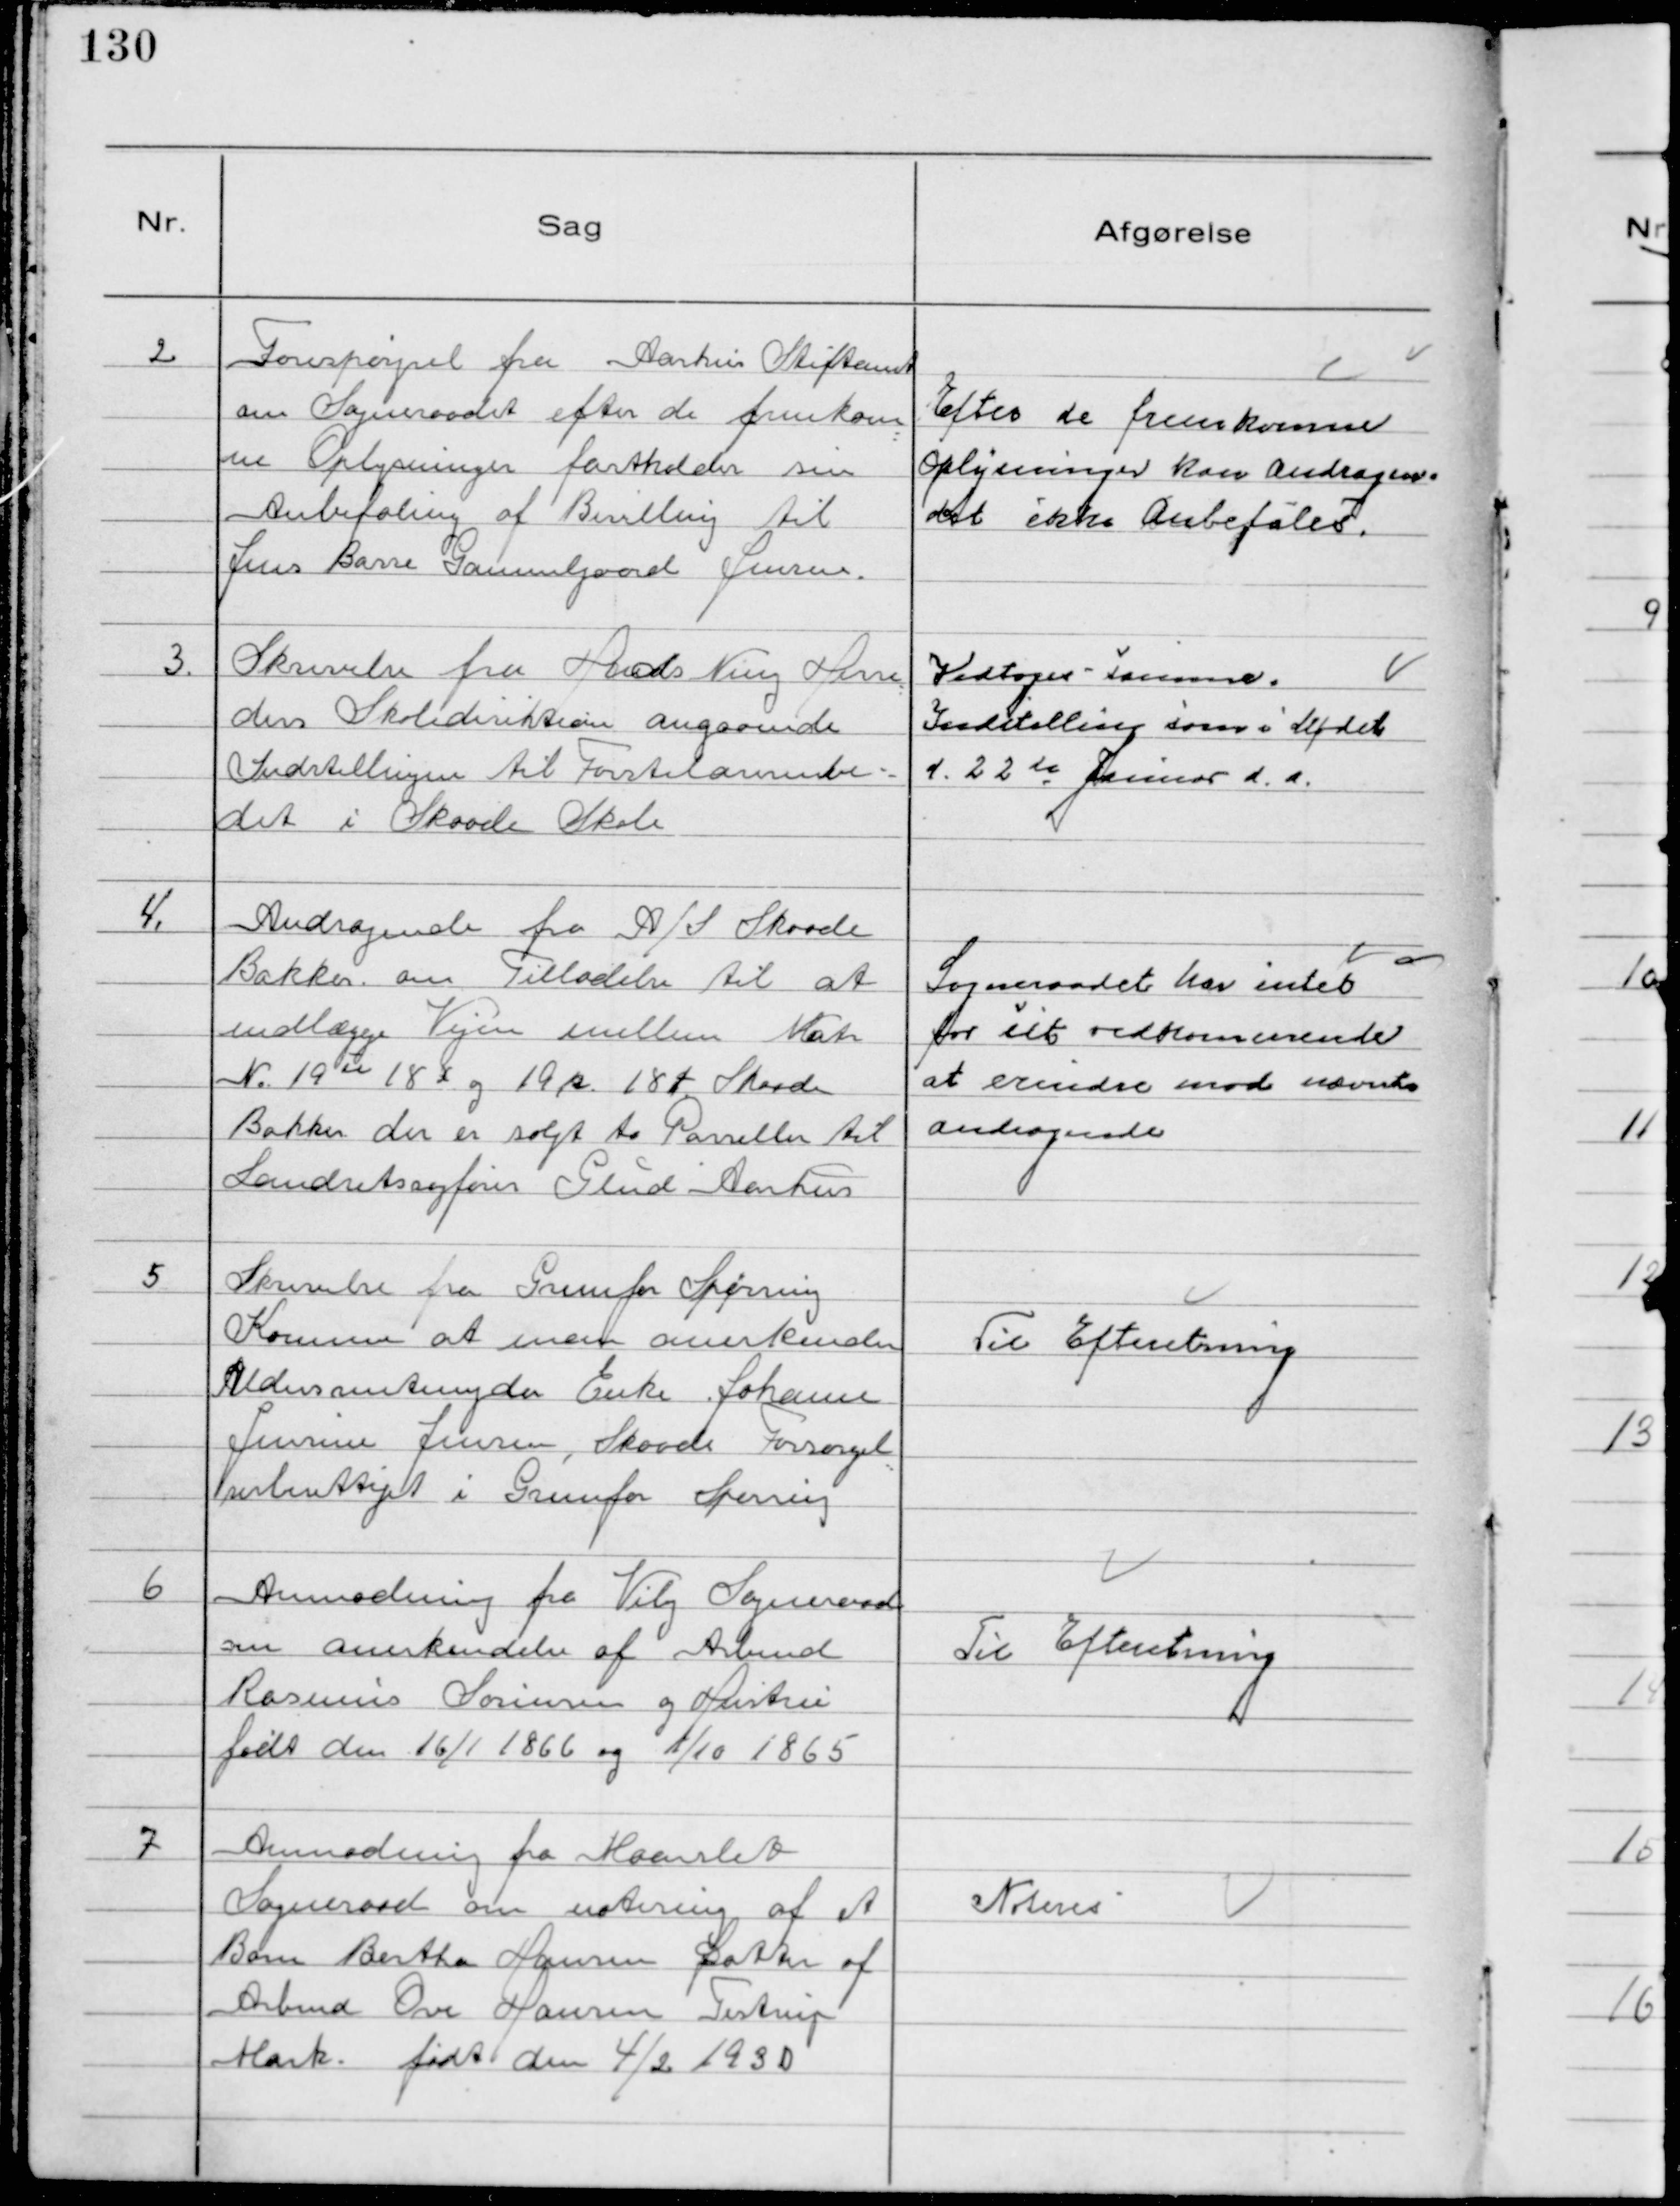
Transskription:
2
Forespørgsel fra Aarhus Stiftamt
om Sogneraadet efter fremkom
ne Oplysninger Fastholder sin
Anbefaling af Bevilling til
Jens Basse Gammelgaard Jensen.

Efter de fremkomne
Oplysninger kan Andragen-
det ikke Anbefales.

3.
Skrivelse fra Hads Ning Herre
des Skoledirektion angaaende
Indstillingen til Førstelærerembe-
det i Skaade Skole

Vedtoges - samme
Indstilling som i Mødet
d. 22de Januar d.a.

4.
Andragende fra A/S Skaade
Bakker om Tilladelse til at
indlægge Vejen mellem Matr
№ 19 u 18 x og 19 k 18 t Skaade
Bakker der er solgt to Parseller til
Landsretsagfører Glud Aarhus

Sogneraadet har intet
for sit vedkommende
at erindre mod nævnte
Andragende

5
Skrivelse fra Grunfør Spørring
Kommune at man anerkender
Aldersrentenyder Enke Johanne
Jensine Jensen, Skaade Forsørgel
sesberettiget i Grunfør Spørring

Til Efteretning

6
Anmodning fra Viby Sogneraad
om anerkendelse af Arbmd
Rasmus Sørensen og Hustru
født den 16/1 1866 og 1/10 1865

Til Efteretning

7
Anmodning fra Maarslet
Sogneraad om notering af et
Barn Bertha Hansen Datter af
Arbmd Ove Hansen Testrup
Mark. født den 4/2 1930

Noteres